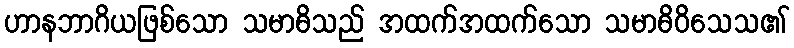
ဟာနဘာဂိယဖြစ်သော သမာဓိသည် အထက်အထက်သော သမာဓိဝိသေသ၏